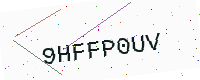
Text: 9HFFP0UV